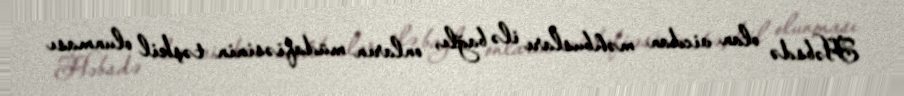
Həbsdə olan vicdan məhbusları ilə bağlı, onların müdafiəsinin təşkil olunması